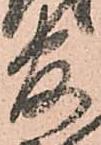
官